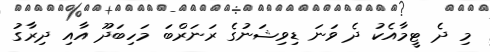
މި ދެ ޓީމާއެކު ދެ ވަނަ ޑިވިޝަނުގެ ރަނަރްބަ މަހިބަދޫ އާއި ދިރާގު